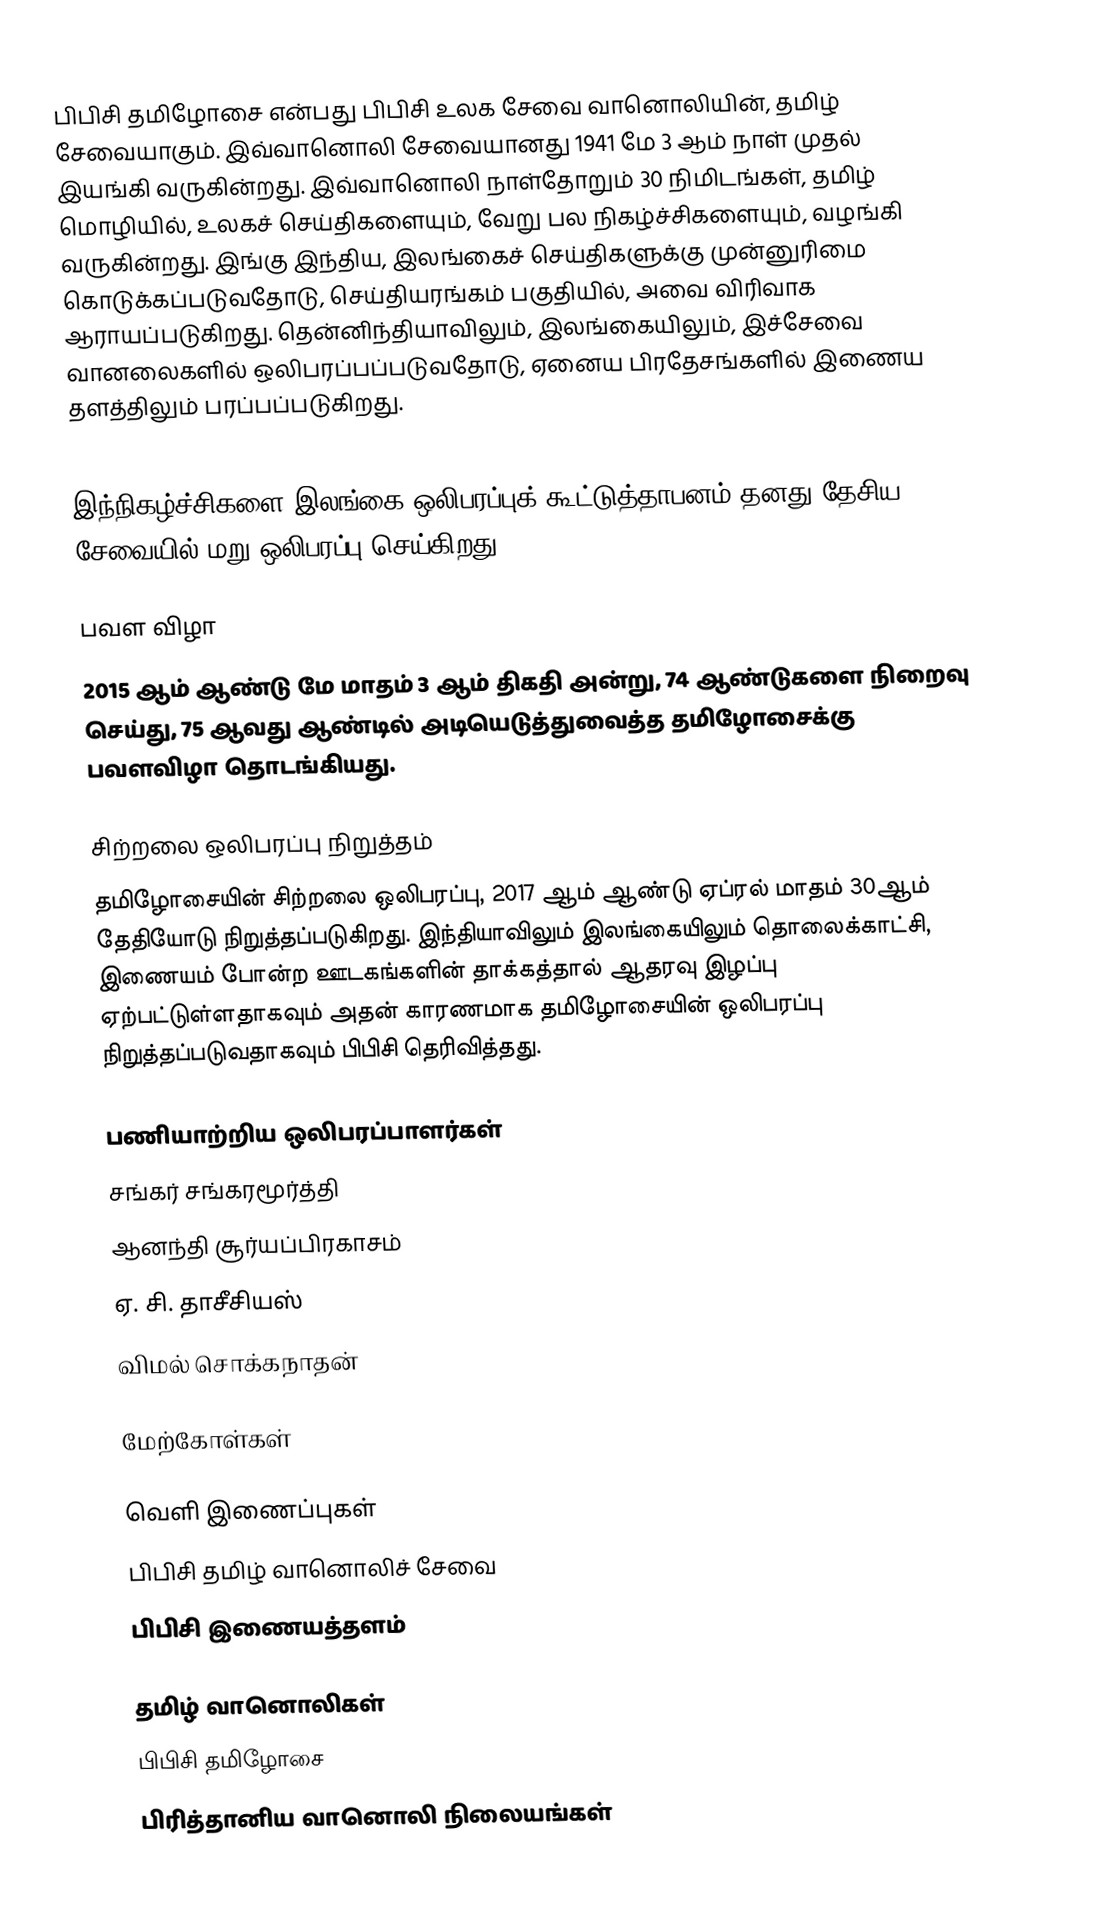
பிபிசி தமிழோசை என்பது பிபிசி உலக சேவை வானொலியின், தமிழ் சேவையாகும். இவ்வானொலி சேவையானது 1941 மே 3 ஆம் நாள் முதல் இயங்கி வருகின்றது. இவ்வானொலி நாள்தோறும் 30 நிமிடங்கள், தமிழ் மொழியில், உலகச் செய்திகளையும், வேறு பல நிகழ்ச்சிகளையும், வழங்கி வருகின்றது. இங்கு இந்திய, இலங்கைச் செய்திகளுக்கு முன்னுரிமை கொடுக்கப்படுவதோடு, செய்தியரங்கம் பகுதியில், அவை விரிவாக ஆராயப்படுகிறது. தென்னிந்தியாவிலும், இலங்கையிலும், இச்சேவை வானலைகளில் ஒலிபரப்பப்படுவதோடு, ஏனைய பிரதேசங்களில் இணைய தளத்திலும் பரப்பப்படுகிறது.

இந்நிகழ்ச்சிகளை இலங்கை ஒலிபரப்புக் கூட்டுத்தாபனம் தனது தேசிய சேவையில் மறு ஒலிபரப்பு செய்கிறது.

பவள விழா
2015 ஆம் ஆண்டு மே மாதம் 3 ஆம் திகதி அன்று, 74 ஆண்டுகளை நிறைவு செய்து, 75 ஆவது ஆண்டில் அடியெடுத்துவைத்த தமிழோசைக்கு பவளவிழா தொடங்கியது.

சிற்றலை ஒலிபரப்பு நிறுத்தம்
தமிழோசையின் சிற்றலை ஒலிபரப்பு, 2017 ஆம் ஆண்டு ஏப்ரல் மாதம் 30ஆம் தேதியோடு நிறுத்தப்படுகிறது. இந்தியாவிலும் இலங்கையிலும் தொலைக்காட்சி, இணையம் போன்ற ஊடகங்களின் தாக்கத்தால் ஆதரவு இழப்பு ஏற்பட்டுள்ளதாகவும் அதன் காரணமாக தமிழோசையின் ஒலிபரப்பு நிறுத்தப்படுவதாகவும் பிபிசி தெரிவித்தது.

பணியாற்றிய ஒலிபரப்பாளர்கள்
 சங்கர் சங்கரமூர்த்தி
 ஆனந்தி சூர்யப்பிரகாசம்
 ஏ. சி. தாசீசியஸ்
 விமல் சொக்கநாதன்

மேற்கோள்கள்

வெளி இணைப்புகள்
 பிபிசி தமிழ் வானொலிச் சேவை
 பிபிசி இணையத்தளம்

தமிழ் வானொலிகள்
பிபிசி தமிழோசை
பிரித்தானிய வானொலி நிலையங்கள்